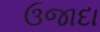
ઉજાદા